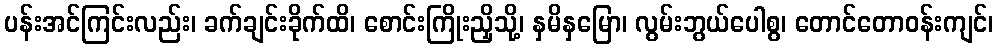
ပန်းအင်ကြင်းလည်း၊ ခက်ချင်းခိုက်ထိ၊ စောင်းကြိုးညှိသို့၊ နှမိနှမြော၊ လွမ်းဘွယ်ပေါစွ၊ တောင်တောဝန်းကျင်၊